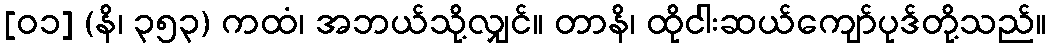
[၀၁] (နိ၊ ၃၅၃) ကထံ၊ အဘယ်သို့လျှင်။ တာနိ၊ ထိုငါးဆယ်ကျော်ပုဒ်တို့သည်။